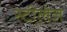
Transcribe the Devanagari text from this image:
स्टीलेज